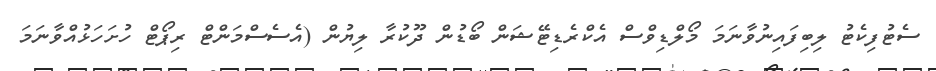
ސެޓުފިކެޓު ލިބިފައިނުވާނަމަ މޯލްޑިވްސް އެކްރެޑިޓޭޝަން ބޯޑުން ދޫކުރާ ލިޔުން (އެސެސްމަންޓް ރިޕޯޓް ހުށަހަޅުއްވާނަމަ